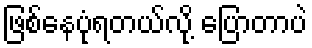
ဖြစ်နေပုံရတယ်လို့ ပြောတာပဲ